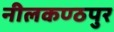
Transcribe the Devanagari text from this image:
नीलकण्ठपुर